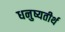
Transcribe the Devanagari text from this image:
धनुष्यतीर्थ